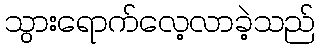
သွားရောက်လေ့လာခဲ့သည်